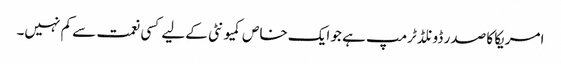
امریکا کا صدر ڈونلڈ ٹرمپ ہے جو ایک خاص کمیو نٹی کےلیے کسی نعمت سے کم نہیں۔